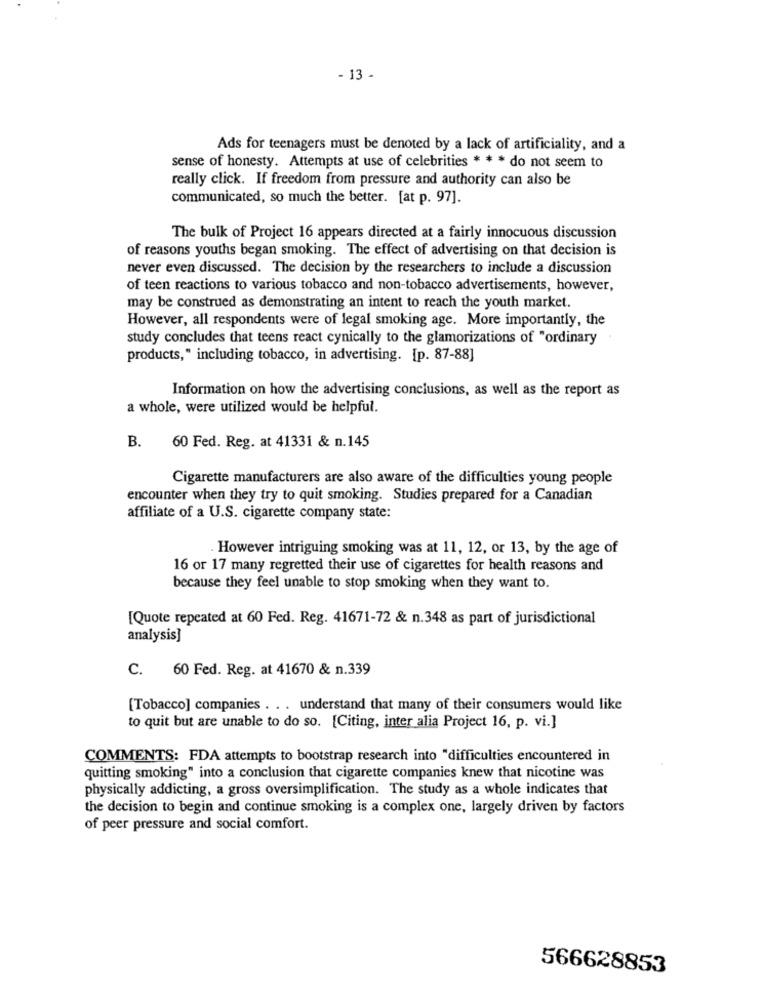
- 13 -
Ads for teenagers must be denoted by a lack of artificiality, and a
sense of honesty. Attempts at use of celebrities * * * do not seem to
really click. If freedom from pressure and authority can also be
communicated, so much the better. [at p. 97].
The bulk of Project 16 appears directed at a fairly innocuous discussion
of reasons youths began smoking. The effect of advertising on that decision is
never even discussed. The decision by the researchers to include a discussion
of teen reactions to various tobacco and non-tobacco advertisements, however,
may be construed as demonstrating an intent to reach the youth market.
However, all respondents were of legal smoking age. More importantly, the
study concludes that teens react cynically to the glamorizations of "ordinary
products," including tobacco, in advertising. [p. 87-88]
Information on how the advertising conclusions, as well as the report as
a whole, were utilized would be helpful.
B.
60 Fed. Reg. at 41331 & n.145
Cigarette manufacturers are also aware of the difficulties young people
encounter when they try to quit smoking. Studies prepared for a Canadian
affiliate of a U.S. cigarette company state:
However intriguing smoking was at 11, 12, or 13, by the age of
16 or 17 many regretted their use of cigarettes for health reasons and
because they feel unable to stop smoking when they want to.
[Quote repeated at 60 Fed. Reg. 41671-72 & n.348 as part of jurisdictional
analysis]
C. 60 Fed. Reg. at 41670 & n.339
[Tobacco] companies . . . understand that many of their consumers would like
to quit but are unable to do so. [Citing, inter alia Project 16, p. vi.]
COMMENTS: FDA attempts to bootstrap research into "difficulties encountered in
quitting smoking" into a conclusion that cigarette companies knew that nicotine was
physically addicting, a gross oversimplification. The study as a whole indicates that
the decision to begin and continue smoking is a complex one, largely driven by factors
of peer pressure and social comfort.
566628853